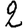
Digit: 2